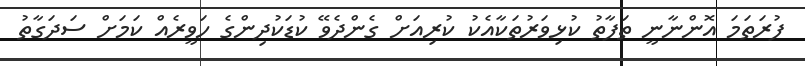
ފުރަތަމަ އޮންނާނީ ތަފާތު ކުޅިވަރުތަކާއެކު ކުރިއަށް ގެންދެވޭ ކުޑަކުދިންގެ ހަވީރެއް ކަމަށް ސަދަގާތު